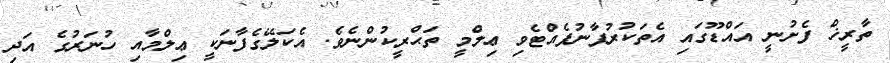
ތާރީޚް ފެށުނީ އައްޑޫގައި އެތަކުރުފާނުފެއްޓެވި ޢިލްމީ ތަޙްރީކުންނެވެ. އެކަލޭގެފާނަކީ ޢިލްމާއި ހުނަރުގެ އަދި